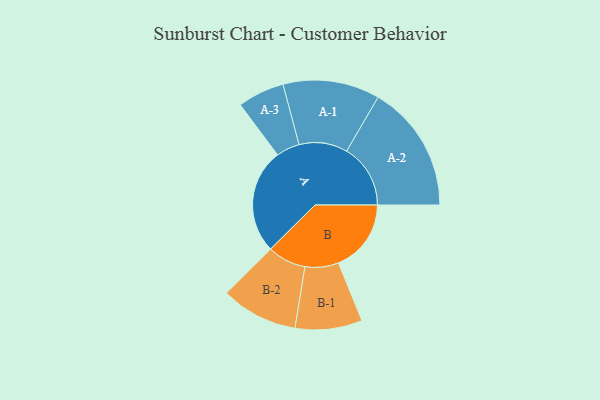
{"axis": {"x": "Segment", "y": "Value"}, "legend": ["", "A", "B"], "data": [{"x": "A", "y": 488, "type": ""}, {"x": "B", "y": 338, "type": ""}, {"x": "A-1", "y": 225, "type": "A"}, {"x": "A-2", "y": 297, "type": "A"}, {"x": "A-3", "y": 109, "type": "A"}, {"x": "B-1", "y": 156, "type": "B"}, {"x": "B-2", "y": 179, "type": "B"}]}